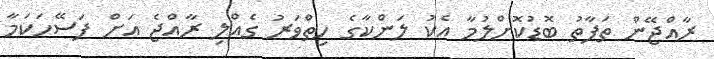
ރާއްޖޭން ތަފާތު ބޮޑުކޮށްލުމާ އެކު ލަންކާގެ ހިތްވަރު ގެއްލި ރާއްޖެ އަށް ފަސޭހަކަމާ